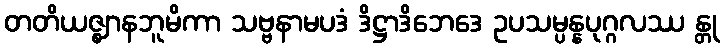
တတိယဇ္ဈာနဘူမိကာ သဗ္ဗနာမပဒံ ဒိဋ္ဌာဒိဘေဒေ ဥပသမ္ပန္နပုဂ္ဂလဿ န္တု